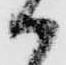
か